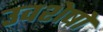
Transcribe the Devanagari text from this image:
उवशेषों